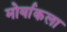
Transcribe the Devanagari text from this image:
मोर्याकला